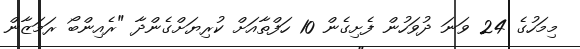
މިމަހުގެ 24 ވަނަ ދުވަހުން ފެށިގެން 10 ހަފްތާއަށް ކުރިޔަށްގެންދާ "ރެއިންބޯ ރަމަޒާން